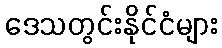
ဒေသတွင်းနိုင်ငံများ